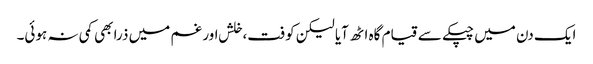
ایک دن میں چپکے سے قیام گاہ اٹھ آیا لیکن کوفت،خلش اور غم میں ذرا بھی کمی نہ ہوئی۔